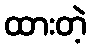
ထားတဲ့